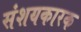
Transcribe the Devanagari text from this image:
संशयकारक